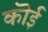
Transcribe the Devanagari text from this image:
कॊई